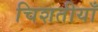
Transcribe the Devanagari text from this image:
चिशतीयाँ